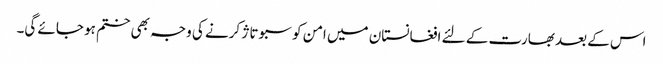
اس کے بعد بھارت کے لئے افغانستان میں امن کو سبوتاژ کرنے کی وجہ بھی ختم ہو جائے گی۔